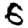
Digit: 6